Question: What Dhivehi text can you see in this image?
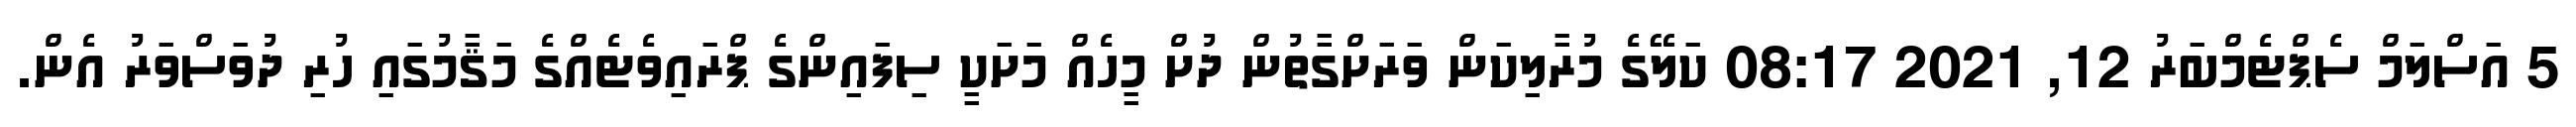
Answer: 5 އަސްލަމް ސެޕްޓެމްބަރު 12, 2021 08:17 ކަލޭގެ މުރާލިކަން ވަރަށްގާތުން ދުށް މީހެއް މަށަކީ ސިފައިންގެ ޕްރައިވެޓެއްގެ މަޤާމުގައި ހުރި ދުވަސްވަރު އެން.